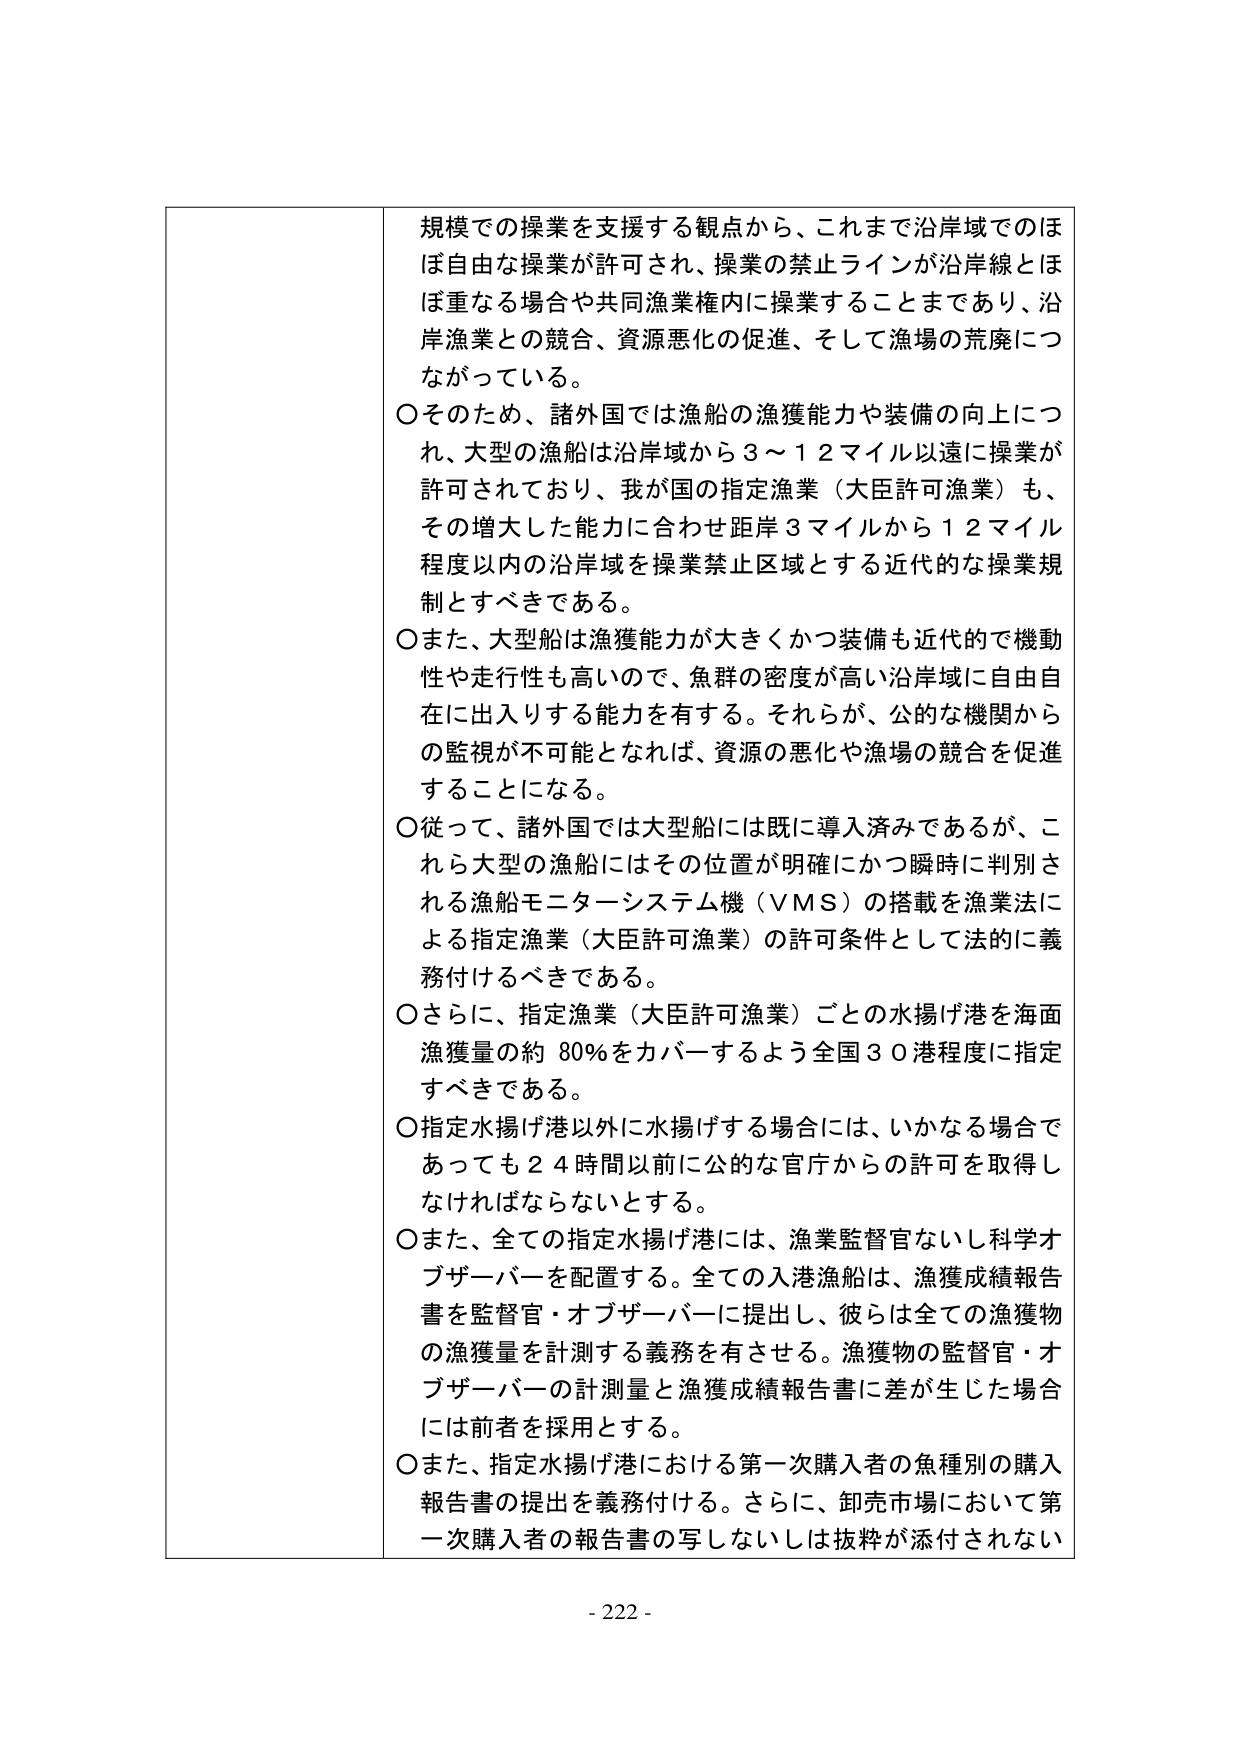
規模での操業を支援する観点から、これまで沿岸域でのほぼ自由な操業が許可され、操業の禁止ラインが沿岸線とほぼ重なる場合や共同漁業権内に操業することまであり、沿岸漁業との競合、資源悪化の促進、そして漁場の荒廃につながっている。

〇そのため、諸外国では漁船の漁獲能力や装備の向上につれ、大型の漁船は沿岸域から３～１２マイル以遠に操業が許可されており、我が国の指定漁業（大臣許可漁業）も、その増大した能力に合わせ距岸３マイルから１２マイル程度以内の沿岸域を操業禁止区域とする近代的な操業規制とすべきである。

〇また、大型船は漁獲能力が大きくかつ装備も近代的で機動性や走行性も高いので、魚群の密度が高い沿岸域に自由自在に出入りする能力を有する。それらが、公的な機関からの監視が不可能となれば、資源の悪化や漁場の競合を促進することになる。

〇従って、諸外国では大型船には既に導入済みであるが、これら大型の漁船にはその位置が明確にかつ瞬時に判別される漁船モニターシステム機（ＶＭＳ）の搭載を漁業法による指定漁業（大臣許可漁業）の許可条件として法的に義務付けるべきである。

〇さらに、指定漁業（大臣許可漁業）ごとの水揚げ港を海面漁獲量の約８０％をカバーするよう全国３０港程度に指定すべきである。

〇指定水揚げ港以外に水揚げする場合には、いかなる場合であっても２４時間以前に公的な官庁からの許可を取得しなければならないとする。

〇また、全ての指定水揚げ港には、漁業監督官ないし科学オブザーバーを配置する。全ての入港漁船は、漁獲成績報告書を監督官・オブザーバーに提出し、彼らは全ての漁獲物の漁獲量を計測する義務を有させる。漁獲物の監督官・オブザーバーの計測量と漁獲成績報告書に差が生じた場合には前者を採用とする。

〇また、指定水揚げ港における第一次購入者の魚種別の購入報告書の提出を義務付ける。さらに、卸売市場において第一次購入者の報告書の写しないしは抜粋が添付されない

- 222 -